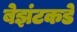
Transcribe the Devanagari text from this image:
बेझंटकडे